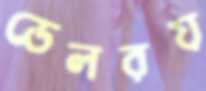
ডেলরয়